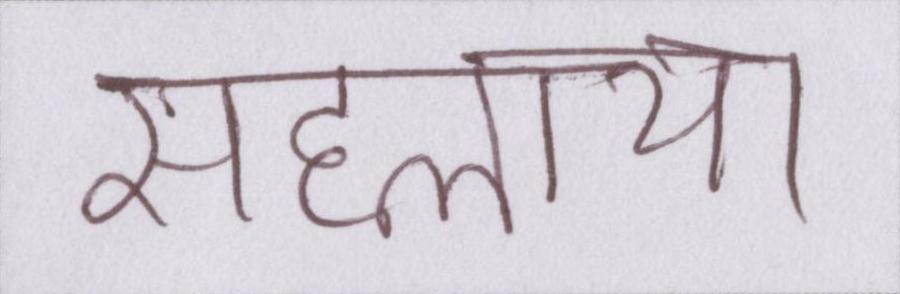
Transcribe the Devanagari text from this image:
सहलाया